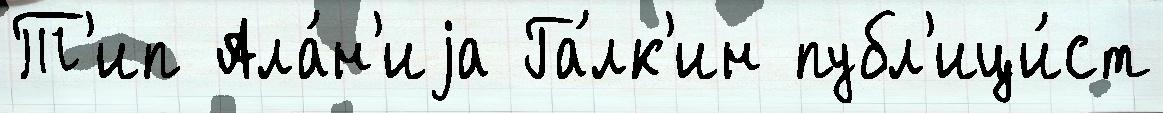
Т'ип Ала́н'иjа Га́лк'ин публ'ици́ст